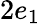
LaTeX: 2e_{1}